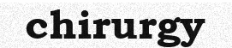
chirurgy